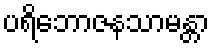
ပရိဘောဇနသာမန္တာ